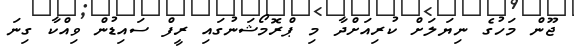
ޖޫން މަހުގެ ނިޔަލަށް ކުރިއަށްދާ މި ޕްރޮމޯޝަނުގައި ރީފް ސައިޑުން ވިއްކާ ގިނަ